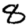
Digit: 8